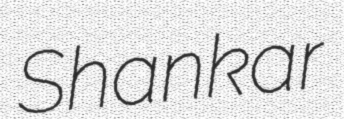
Shankar